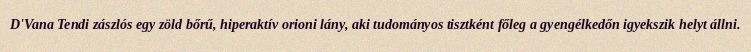
D'Vana Tendi zászlós egy zöld bőrű, hiperaktív orioni lány, aki tudományos tisztként főleg a gyengélkedőn igyekszik helyt állni.